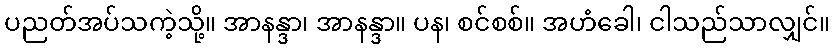
ပညတ်အပ်သကဲ့သို့။ အာနန္ဒာ၊ အာနန္ဒာ။ ပန၊ စင်စစ်။ အဟံခေါ၊ ငါသည်သာလျှင်။